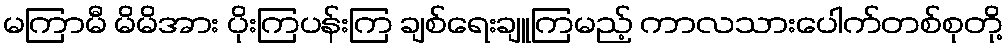
မကြာမီ မိမိအား ပိုးကြပန်းကြ ချစ်ရေးချူကြမည့် ကာလသားပေါက်တစ်စုတို့